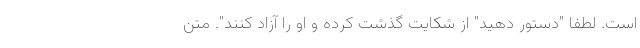
است. لطفا "دستور دهید" از شکایت گذشت کرده و او را آزاد کنند". متن